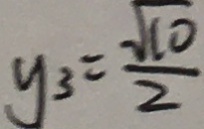
y _ { 3 } = \frac { \sqrt { 1 0 } } { 2 }